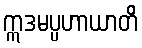
ဣဒမပ္ပဟာယာတိ